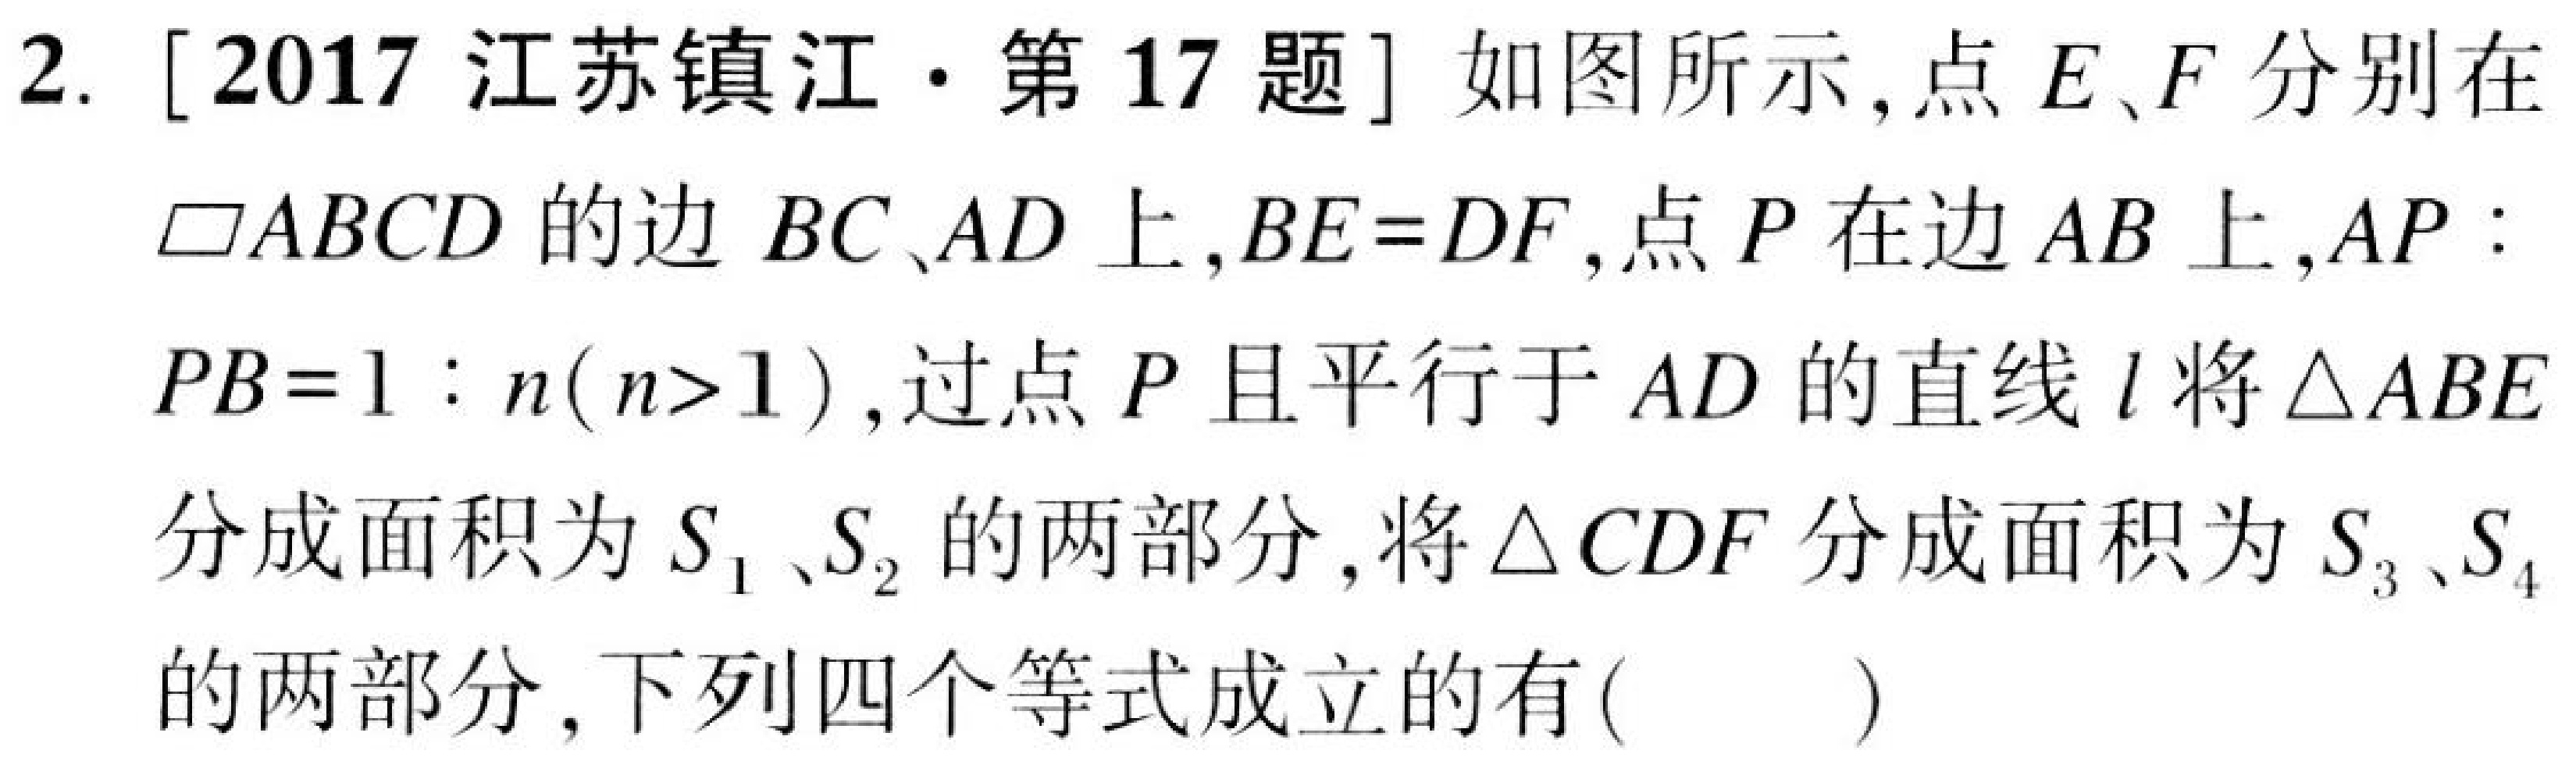
2. [2017 江苏镇江·第 17 题] 如图所示，点\(E、F\)分别在\(\square ABCD\)的边\(BC、AD\)上，\(BE = DF\)，点\(P\)在边\(AB\)上，\(AP:PB = 1:n(n > 1)\)，过点\(P\)且平行于\(AD\)的直线\(l\)将\(\triangle ABE\)分成面积为\(S_1、S_2\)的两部分，将\(\triangle CDF\)分成面积为\(S_3、S_4\)的两部分，下列四个等式成立的有( )